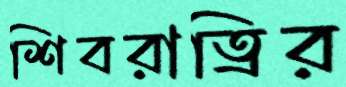
শিবরাত্রির